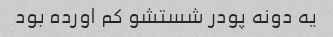
یه دونه پودر شستشو کم اورده بود